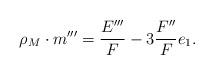
LaTeX: \begin{align*}\rho_M\cdot m''' = \frac{E'''}F-3\frac{F''}{F}e_1.\end{align*}